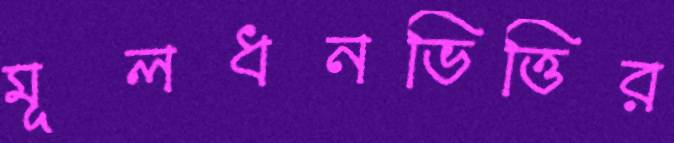
মূলধনভিত্তির